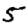
Digit: 5